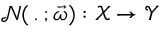
\mathcal { N } ( \, . \, ; \vec { \omega } ) : \mathcal { X } \rightarrow \mathcal { Y }